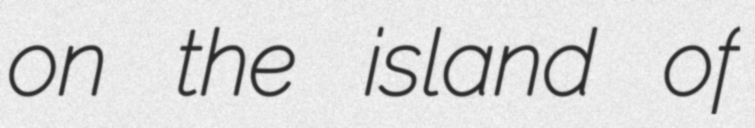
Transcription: on the island of